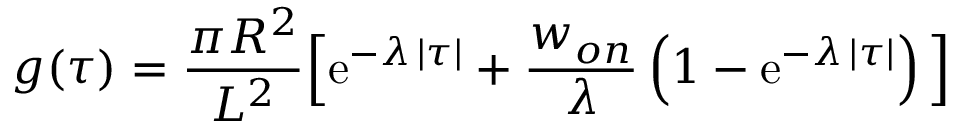
g ( \tau ) = { \frac { \pi R ^ { 2 } } { L ^ { 2 } } } \Big [ \mathrm { e } ^ { - \lambda \, | \tau | } + { \frac { w _ { o n } } { \lambda } } \left( 1 - \mathrm { e } ^ { - \lambda \, | \tau | } \right) \Big ]